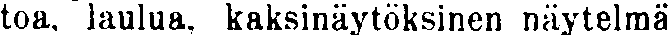
toa, laulua, kaksinäytöksinen näytelmä